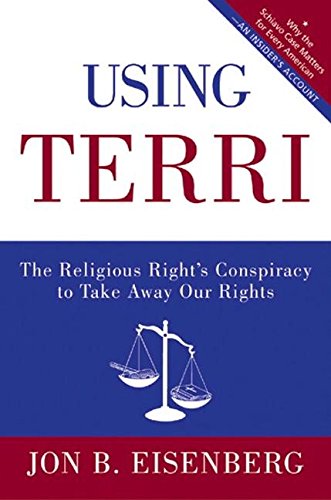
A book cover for Using Terri: The Religious Right's Conspiracy to Take Away Our Rights; Jon Eisenberg; Law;